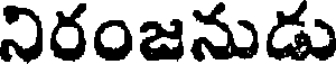
నిరంజనుడు